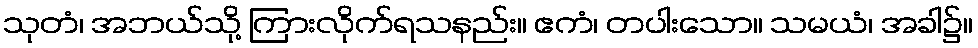
သုတံ၊ အဘယ်သို့ ကြားလိုက်ရသနည်း။ ဧကံ၊ တပါးသော။ သမယံ၊ အခါ၌။